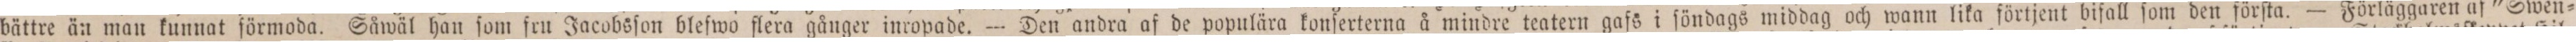
bättre än man kunnat förmoda. Såwäl han ſom fru Jacobsſon bleſwo flera gånger inropade. — Den andra af de populära konſerterna å mindre teatern gafs i ſöndags middag och wann lika förtjent bifall ſom den förſta. — Förläggaren af "Swen=